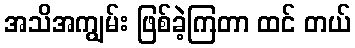
အသိအကျွမ်း ဖြစ်ခဲ့ကြတာ ထင် တယ်